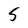
Character: 5